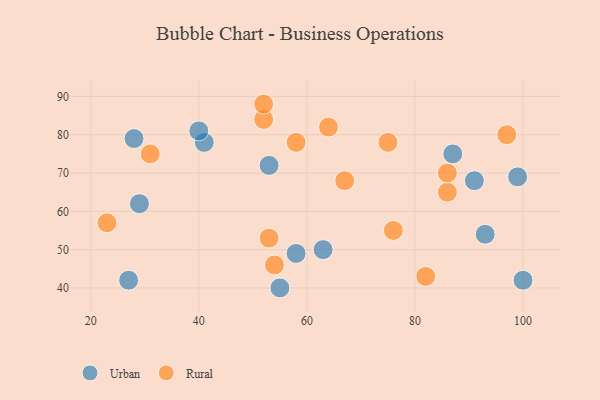
{"axis": {"x": "GDP", "y": "Life Expectancy"}, "legend": ["Rural", "Urban"], "data": [{"x": "100", "y": 42, "type": "Urban"}, {"x": "27", "y": 42, "type": "Urban"}, {"x": "87", "y": 75, "type": "Urban"}, {"x": "58", "y": 49, "type": "Urban"}, {"x": "41", "y": 78, "type": "Urban"}, {"x": "93", "y": 54, "type": "Urban"}, {"x": "63", "y": 50, "type": "Urban"}, {"x": "40", "y": 81, "type": "Urban"}, {"x": "91", "y": 68, "type": "Urban"}, {"x": "28", "y": 79, "type": "Urban"}, {"x": "55", "y": 40, "type": "Urban"}, {"x": "53", "y": 72, "type": "Urban"}, {"x": "29", "y": 62, "type": "Urban"}, {"x": "99", "y": 69, "type": "Urban"}, {"x": "31", "y": 75, "type": "Rural"}, {"x": "58", "y": 78, "type": "Rural"}, {"x": "86", "y": 65, "type": "Rural"}, {"x": "75", "y": 78, "type": "Rural"}, {"x": "52", "y": 84, "type": "Rural"}, {"x": "76", "y": 55, "type": "Rural"}, {"x": "67", "y": 68, "type": "Rural"}, {"x": "52", "y": 88, "type": "Rural"}, {"x": "23", "y": 57, "type": "Rural"}, {"x": "53", "y": 53, "type": "Rural"}, {"x": "82", "y": 43, "type": "Rural"}, {"x": "64", "y": 82, "type": "Rural"}, {"x": "97", "y": 80, "type": "Rural"}, {"x": "86", "y": 70, "type": "Rural"}, {"x": "54", "y": 46, "type": "Rural"}]}